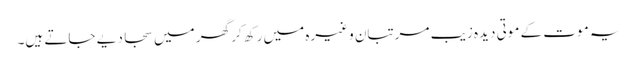
یہ موت کے موتی دیدہ زیب مرتبان وغیرہ میں رکھ کر گھر میں سجا دیے جاتے ہیں۔